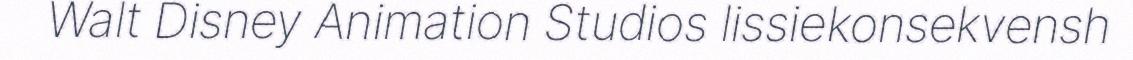
Walt Disney Animation Studios lissiekonsekvensh